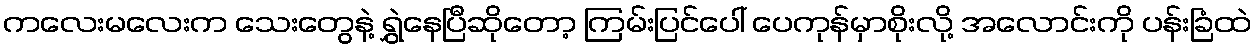
ကလေးမလေးက သေးတွေနဲ့ ရွှဲနေပြီဆိုတော့ ကြမ်းပြင်ပေါ် ပေကုန်မှာစိုးလို့ အလောင်းကို ပန်းခြံထဲ